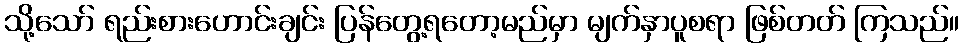
သို့သော် ရည်းစားဟောင်းချင်း ပြန်တွေ့ရတော့မည်မှာ မျက်နှာပူစရာ ဖြစ်တတ် ကြသည်။